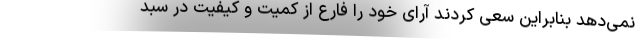
نمی‌دهد بنابراین سعی کردند آرای خود را فارع از کمیت و کیفیت در سبد